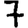
Digit: 7